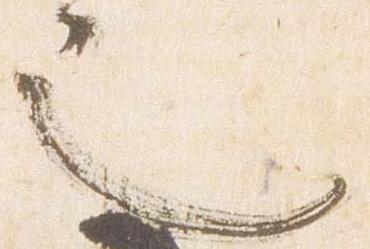
也